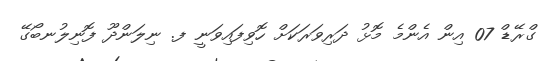
ގްރޭޑް 07 އިން އެންމެ މޮޅު ދަރިވަރަކަށް ހޮވިފައިވަނީ ފ. ނިލަންދޫ ފޮނިލުނބޯގޭ